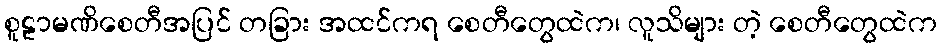
စူဠာမဏိစေတီအပြင် တခြား အထင်ကရ စေတီတွေထဲက၊ လူသိများ တဲ့ စေတီတွေထဲက